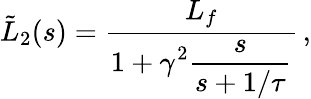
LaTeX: \tilde{L}_{2}(s)=\frac{L_{f}}{\displaystyle 1+\gamma^{2}\frac{s}{s+1/\tau}}\, ,